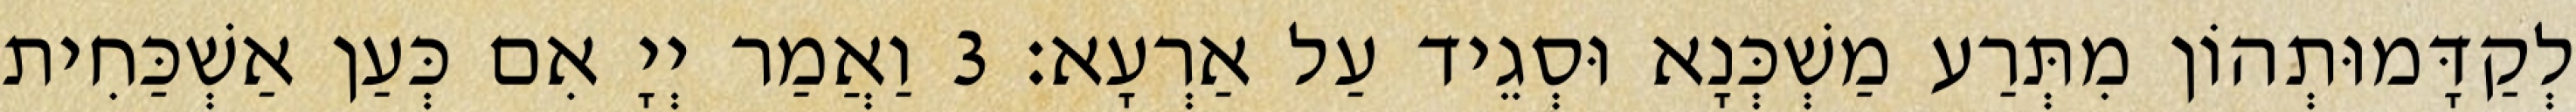
לְקַדָּמוּתְהוֹן מִתְּרַע מַשְׁכְּנָא וּסְגֵיד עַל אַרְעָא׃ 3 וַאֲמַר יְיָ אִם כְּעַן אַשְׁכַּחִית